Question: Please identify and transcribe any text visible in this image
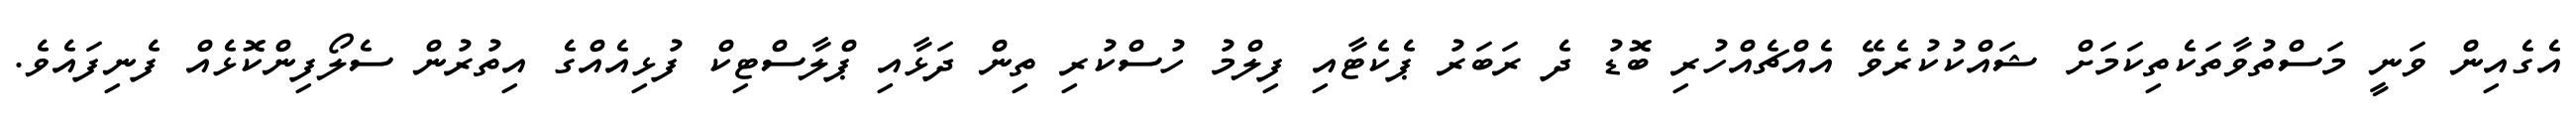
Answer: އެގެއިން ވަނީ މަސްތުވާތަކެތިކަމަށް ޝައްކުކުރެވޭ އެއްޗެއްހުރި ބޮޑު ދެ ރަބަރު ޕެކެޓާއި ފިލްމު ހުސްކުރި ތިން ދަޅާއި ޕްލާސްޓިކް ފުޅިއެއްގެ އިތުރުން ސެލޯފިންކޮޅެއް ފެނިފައެވެ.